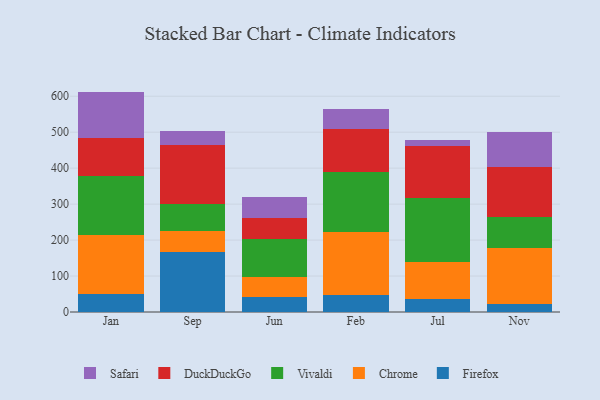
{"axis": {"x": "Month", "y": "Active Users"}, "legend": ["Chrome", "DuckDuckGo", "Firefox", "Safari", "Vivaldi"], "data": [{"x": "Jan", "y": 49.5, "type": "Firefox"}, {"x": "Jan", "y": 164.4, "type": "Chrome"}, {"x": "Jan", "y": 163.5, "type": "Vivaldi"}, {"x": "Jan", "y": 107.4, "type": "DuckDuckGo"}, {"x": "Jan", "y": 128.1, "type": "Safari"}, {"x": "Sep", "y": 165.7, "type": "Firefox"}, {"x": "Sep", "y": 60.2, "type": "Chrome"}, {"x": "Sep", "y": 73.4, "type": "Vivaldi"}, {"x": "Sep", "y": 166.1, "type": "DuckDuckGo"}, {"x": "Sep", "y": 39.2, "type": "Safari"}, {"x": "Jun", "y": 42.8, "type": "Firefox"}, {"x": "Jun", "y": 54.6, "type": "Chrome"}, {"x": "Jun", "y": 105.7, "type": "Vivaldi"}, {"x": "Jun", "y": 58.8, "type": "DuckDuckGo"}, {"x": "Jun", "y": 58.9, "type": "Safari"}, {"x": "Feb", "y": 47.9, "type": "Firefox"}, {"x": "Feb", "y": 175.2, "type": "Chrome"}, {"x": "Feb", "y": 165.6, "type": "Vivaldi"}, {"x": "Feb", "y": 118.9, "type": "DuckDuckGo"}, {"x": "Feb", "y": 57.5, "type": "Safari"}, {"x": "Jul", "y": 35.3, "type": "Firefox"}, {"x": "Jul", "y": 103.1, "type": "Chrome"}, {"x": "Jul", "y": 178.1, "type": "Vivaldi"}, {"x": "Jul", "y": 145.8, "type": "DuckDuckGo"}, {"x": "Jul", "y": 16.3, "type": "Safari"}, {"x": "Nov", "y": 22.4, "type": "Firefox"}, {"x": "Nov", "y": 155.2, "type": "Chrome"}, {"x": "Nov", "y": 87.6, "type": "Vivaldi"}, {"x": "Nov", "y": 138.8, "type": "DuckDuckGo"}, {"x": "Nov", "y": 97.6, "type": "Safari"}]}